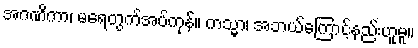
အဂဏိကာ၊ မရေတွက်အပ်ကုန်။ ကသ္မာ၊ အဘယ်ကြောင့်နည်းဟူမူ။